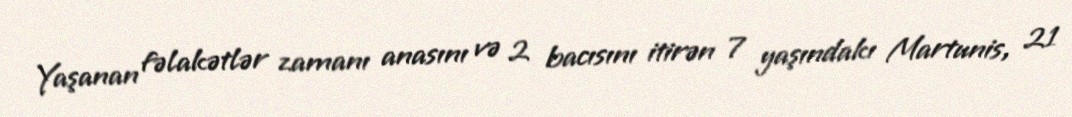
Yaşanan fəlakətlər zamanı anasını və 2 bacısını itirən 7 yaşındakı Martunis, 21